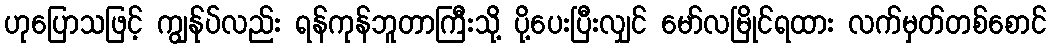
ဟုပြောသဖြင့် ကျွန်ုပ်လည်း ရန်ကုန်ဘူတာကြီးသို့ ပို့ပေးပြီးလျှင် မော်လမြိုင်ရထား လက်မှတ်တစ်စောင်